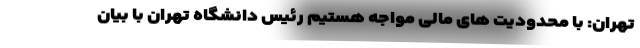
تهران: با محدودیت های مالی مواجه هستیم رئیس دانشگاه تهران با بیان